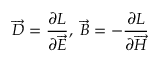
\overrightarrow { D } = \frac { \partial L } { \partial \overrightarrow { E } } , \; \overrightarrow { B } = - \frac { \partial L } { \partial \overrightarrow { H } }